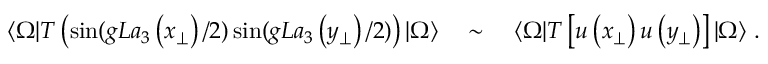
\langle \Omega | T \left( \sin ( g L a _ { 3 } \left( x _ { \perp } \right) / 2 ) \sin ( g L a _ { 3 } \left( y _ { \perp } \right) / 2 ) \right) | \Omega \rangle \quad \sim \quad \langle \Omega | T \left[ u \left( x _ { \perp } \right) u \left( y _ { \perp } \right) \right] | \Omega \rangle \ . \nonumber \,